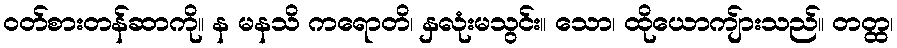
ဝတ်စားတန်ဆာကို။ န မနသိ ကရောတိ၊ နှလုံးမသွင်း။ သော၊ ထိုယောကျ်ားသည်။ တတ္ထ၊